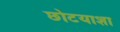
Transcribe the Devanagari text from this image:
छोटयाशा